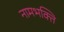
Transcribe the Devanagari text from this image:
नामभक्ति